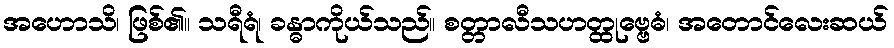
အဟောသိ၊ ဖြစ်၏။ သရီရံ၊ ခန္ဓာကိုယ်သည်။ စတ္တာလီသဟတ္ထုဗ္ဗေဓံ၊ အတောင်လေးဆယ်